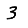
Digit: 3